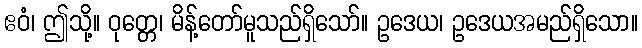
ဧဝံ၊ ဤသို့။ ဝုတ္တေ၊ မိန့်တော်မူသည်ရှိသော်။ ဥဒေယ၊ ဥဒေယအမည်ရှိသော။